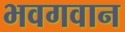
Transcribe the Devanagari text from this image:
भवगवान